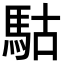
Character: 𩢪